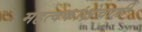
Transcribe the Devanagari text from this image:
महत्वकांक्षेचाही